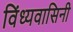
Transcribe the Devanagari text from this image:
विंध्‍यवासिनी